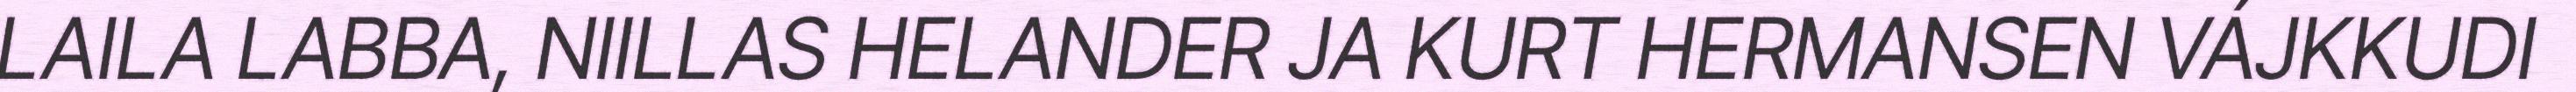
LAILA LABBA, NIILLAS HELANDER JA KURT HERMANSEN VÁJKKUDI